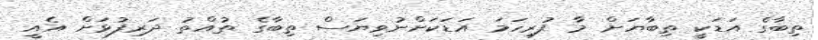
ތިބާގެ އަޑަކީ ތިބާޔަށް މާ ފުރިހަމަ އަޑަކަށްނުވިޔަސް ތިބާގެ ތުއްތު ދަރިފުޅަށް އެއީ